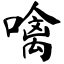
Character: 噙